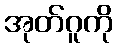
အုတ်ဂူကို